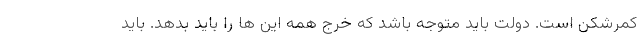
کمرشکن است. دولت باید متوجه باشد که خرج همه این ها را باید بدهد. باید